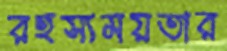
রহস্যময়তার